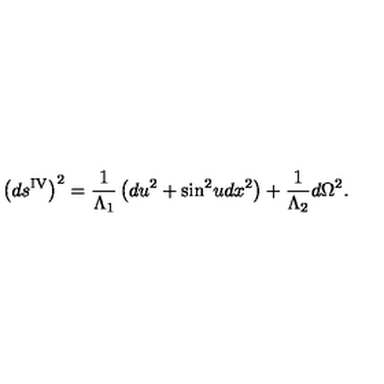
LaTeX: \left( d s ^ { \mathrm { I V } } \right) ^ { 2 } = \frac { 1 } { \Lambda _ { 1 } } \left( d u ^ { 2 } + \sin ^ { 2 } \! u d x ^ { 2 } \right) + \frac { 1 } { \Lambda _ { 2 } } d \Omega ^ { 2 } .